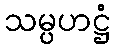
သမ္ပဟဋ္ဌံ